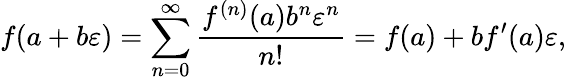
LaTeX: f(a+b\varepsilon)=\sum_{n=0}^{\infty}{\frac{f^{(n)}(a)b^{n}\varepsilon^{n}}{n!}}=f(a)+bf^{\prime}(a)\varepsilon,